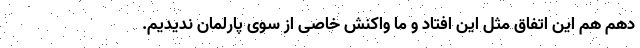
دهم هم این اتفاق مثل این افتاد و ما واکنش خاصی از سوی پارلمان ندیدیم.